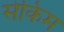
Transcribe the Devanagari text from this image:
सेकिम